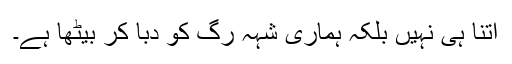
اتنا ہی نہیں بلکہ ہماری شہہ رگ کو دبا کر بیٹھا ہے۔